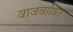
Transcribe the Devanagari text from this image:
वाजवावित